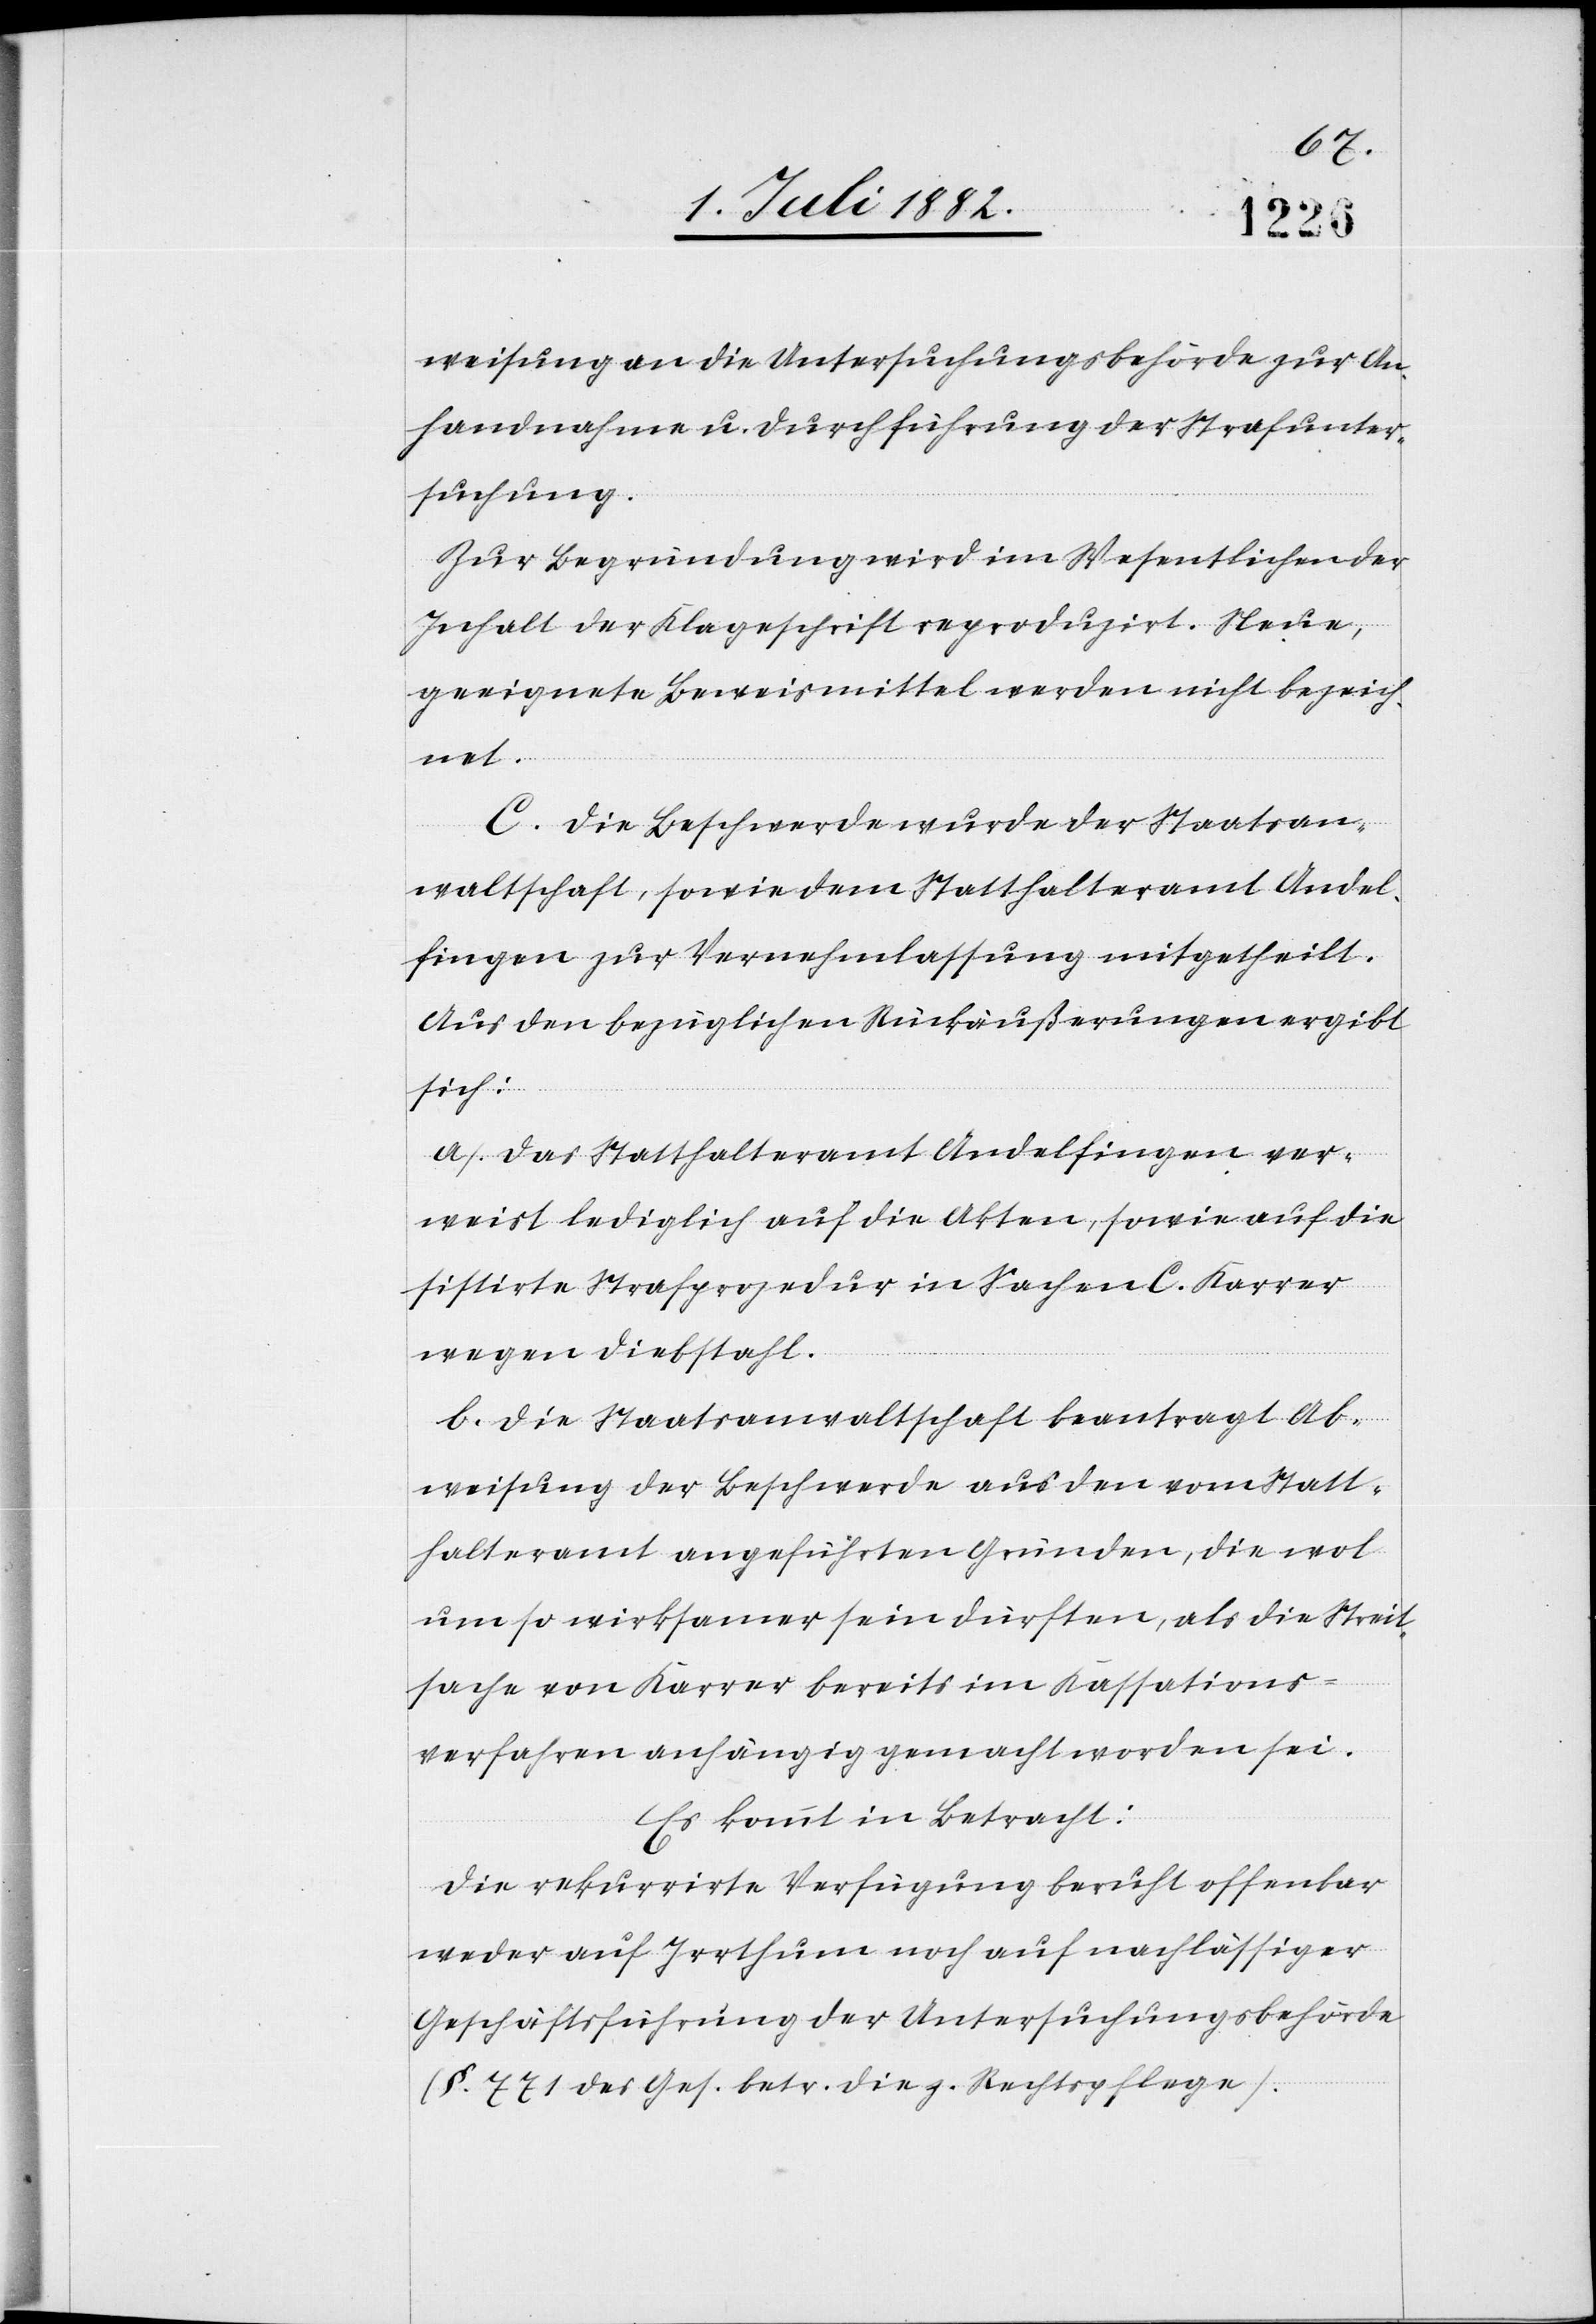
weisung an die Untersuchungsbehörde zur An¬
handnahme u. Durchführung der Strafunter¬
suchung.
Zur Begründung wird im Wesentlichen der
Inhalt der Klageschrift reproduzirt. Neue,
geeignete Beweismittel werden nicht bezeich¬
net.
C. Die Beschwerde wurde der Staatsan¬
waltschaft, sowie dem Statthalteramt Andel¬
fingen zur Vernehmlassung mitgetheilt.
Aus den bezüglichen Rückäußerungen ergibt
sich:
a. Das Statthalteramt Andelfingen ver¬
weist lediglich auf die Akten, sowie auf die
sistirte Strafprozedur in Sachen C. Karrer
wegen Diebstahl.
b. Die Staatsanwaltschaft beantragt Ab¬
weisung der Beschwerde aus den vom Statt¬
halteramt angeführten Gründen, die wol
um so wirksamer sein dürften, als die Streit¬
sache von Karrer bereits im Kassations¬
verfahren anhängig gemacht worden sei.
Es kommt in Betracht:
Die rekurrirte Verfügung beruht offenbar
weder auf Irrthum noch auf nachlässiger
Geschäftsführung der Untersuchungsbehörde
(§. 771 des Ges. betr. die. z. Rechtpflege).